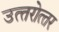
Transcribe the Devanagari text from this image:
उत्‍तरोत्‍तर